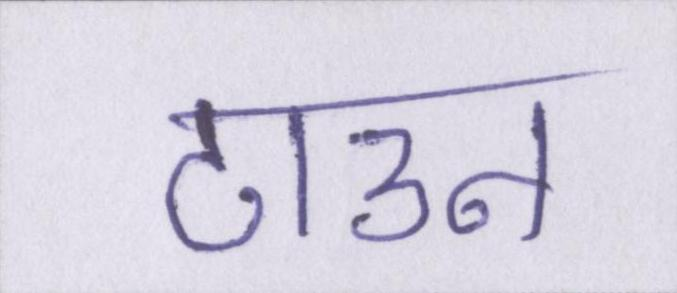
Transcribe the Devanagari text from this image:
टाउन